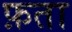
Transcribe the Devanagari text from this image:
फ़ता